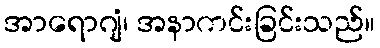
အာရောဂျံ၊ အနာကင်းခြင်းသည်။